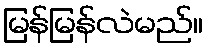
မြန်မြန်လဲမည်။